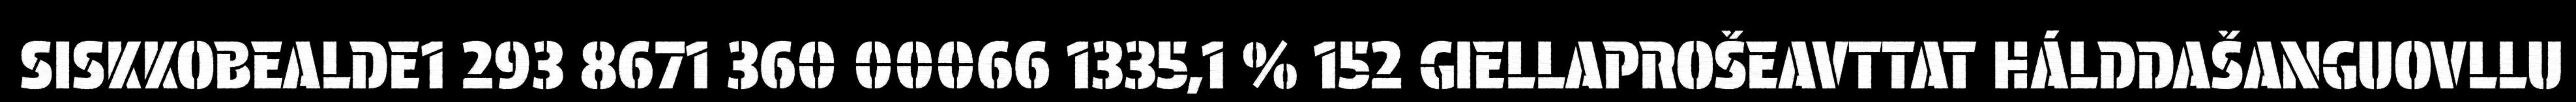
SISKKOBEALDE1 293 8671 360 00066 1335,1 % 152 GIELLAPROŠEAVTTAT HÁLDDAŠANGUOVLLU